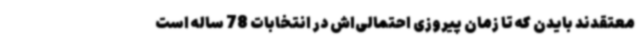
معتقدند بایدن که تا زمان پیروزی احتمالی‌اش در انتخابات 78 ساله است